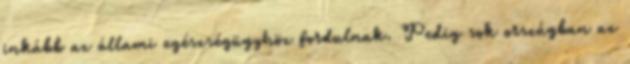
inkább az állami egészségügyhöz fordulnak. Pedig sok országban az